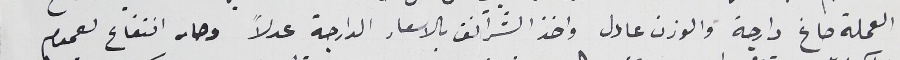
العملة صاغ دارجة والوزن عادل واخذ الشرانق بالاسعار الدارجة عدلاً وصار انتفاع لعموم